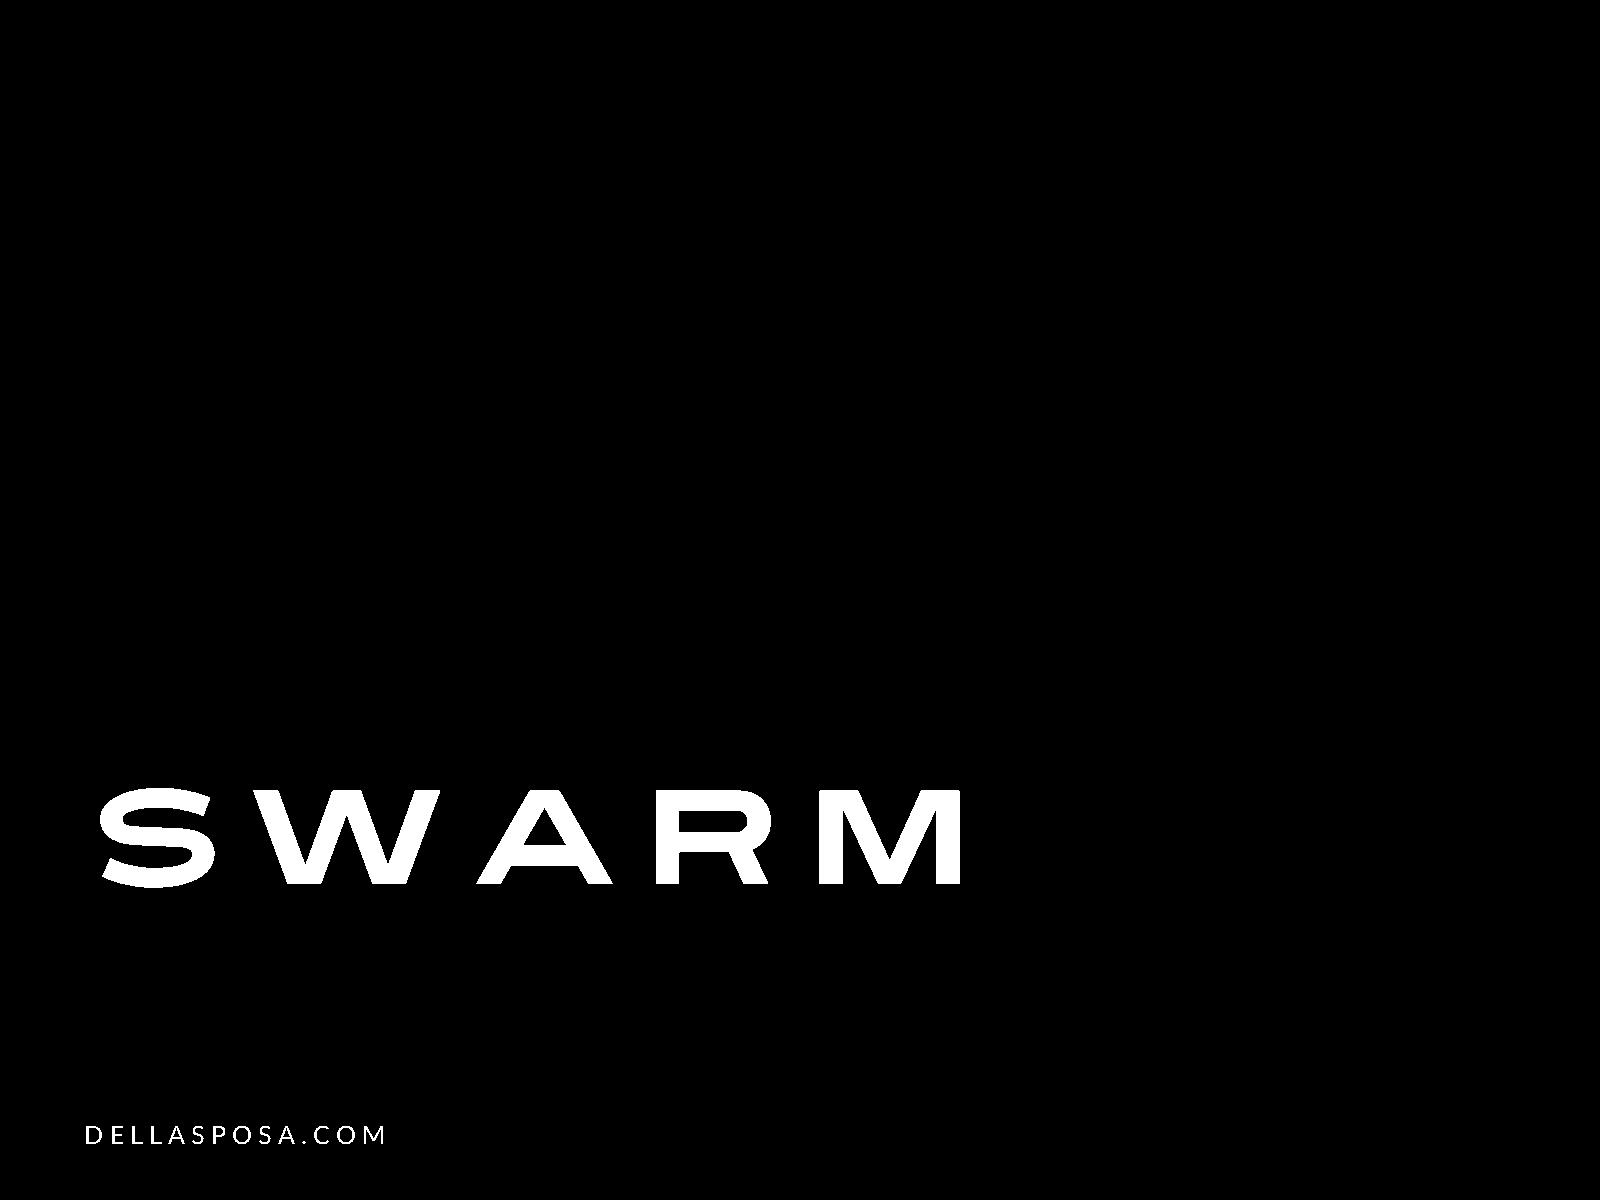
S         W              A          R          M
 DELLASPOSA.COM